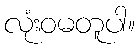
လုံးဝမတူပါ။